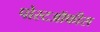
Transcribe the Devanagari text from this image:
पोस्टऑफीस